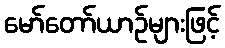
မော်တော်ယာဉ်များဖြင့်